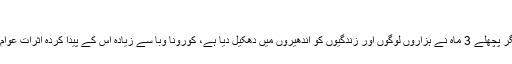
دبئی کی ایک شارع
اس وقت دبئی مکمل طور پر کھلا ہے مگر پچھلے 3 ماہ نے ہزاروں لوگوں اور زندگیوں کو اندھیروں میں دھکیل دیا ہے، کورونا وبا سے زیادہ اس کے پیدا کردہ اثرات عوام کے لیے زیادہ خطرناک ثابت ہوئے ہیں۔